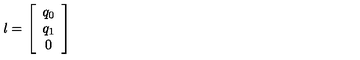
l = \left[ \begin{array} { c } { q _ { 0 } } \\ { q _ { 1 } } \\ { 0 } \\ \end{array} \right]